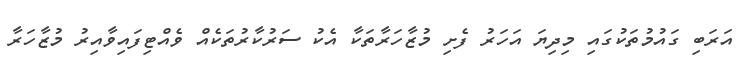
އަރަބި ގައުމުތަކުގައި މިދިޔަ އަހަރު ފެށި މުޒާހަރާތަކާ އެކު ސަރުކާރުތަކެއް ވެއްޓިފައިވާއިރު މުޒާހަރާ